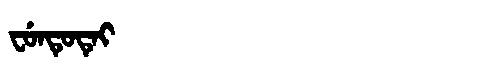
Manchu: ᠸᡠᠨᡨᡠᡨᡝᡳ
Romanization: FUNTUTEI